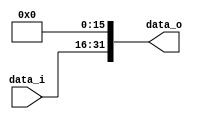

module Zero_filled (
    data_i,
    data_o
    );

input [15:0] data_i;
output [31:0] data_o;

reg [31:0] data_o;

always @ ( * )
begin
    data_o[31] = data_i[15];
    data_o[30] = data_i[14];
    data_o[29] = data_i[13];
    data_o[28] = data_i[12];
    data_o[27] = data_i[11];
    data_o[26] = data_i[10];
    data_o[25] = data_i[9];
    data_o[24] = data_i[8];
    data_o[23] = data_i[7];
    data_o[22] = data_i[6];    
    data_o[21] = data_i[5];
    data_o[20] = data_i[4];
    data_o[19] = data_i[3];
    data_o[18] = data_i[2];
    data_o[17] = data_i[1];
    data_o[16] = data_i[0];
    data_o[15] = 1'b0;
    data_o[14] = 1'b0;
    data_o[13] = 1'b0;
    data_o[12] = 1'b0;
    data_o[11] = 1'b0;
    data_o[10] = 1'b0;
    data_o[9] = 1'b0;
    data_o[8] = 1'b0;
    data_o[7] = 1'b0;
    data_o[6] = 1'b0;
    data_o[5] = 1'b0;
    data_o[4] = 1'b0;
    data_o[3] = 1'b0;
    data_o[2] = 1'b0;
    data_o[1] = 1'b0;
    data_o[0] = 1'b0;
end

endmodule